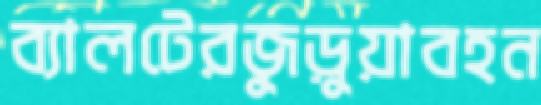
ব্যালটেরজুড়ুয়াবহন